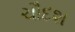
ચૌદશ